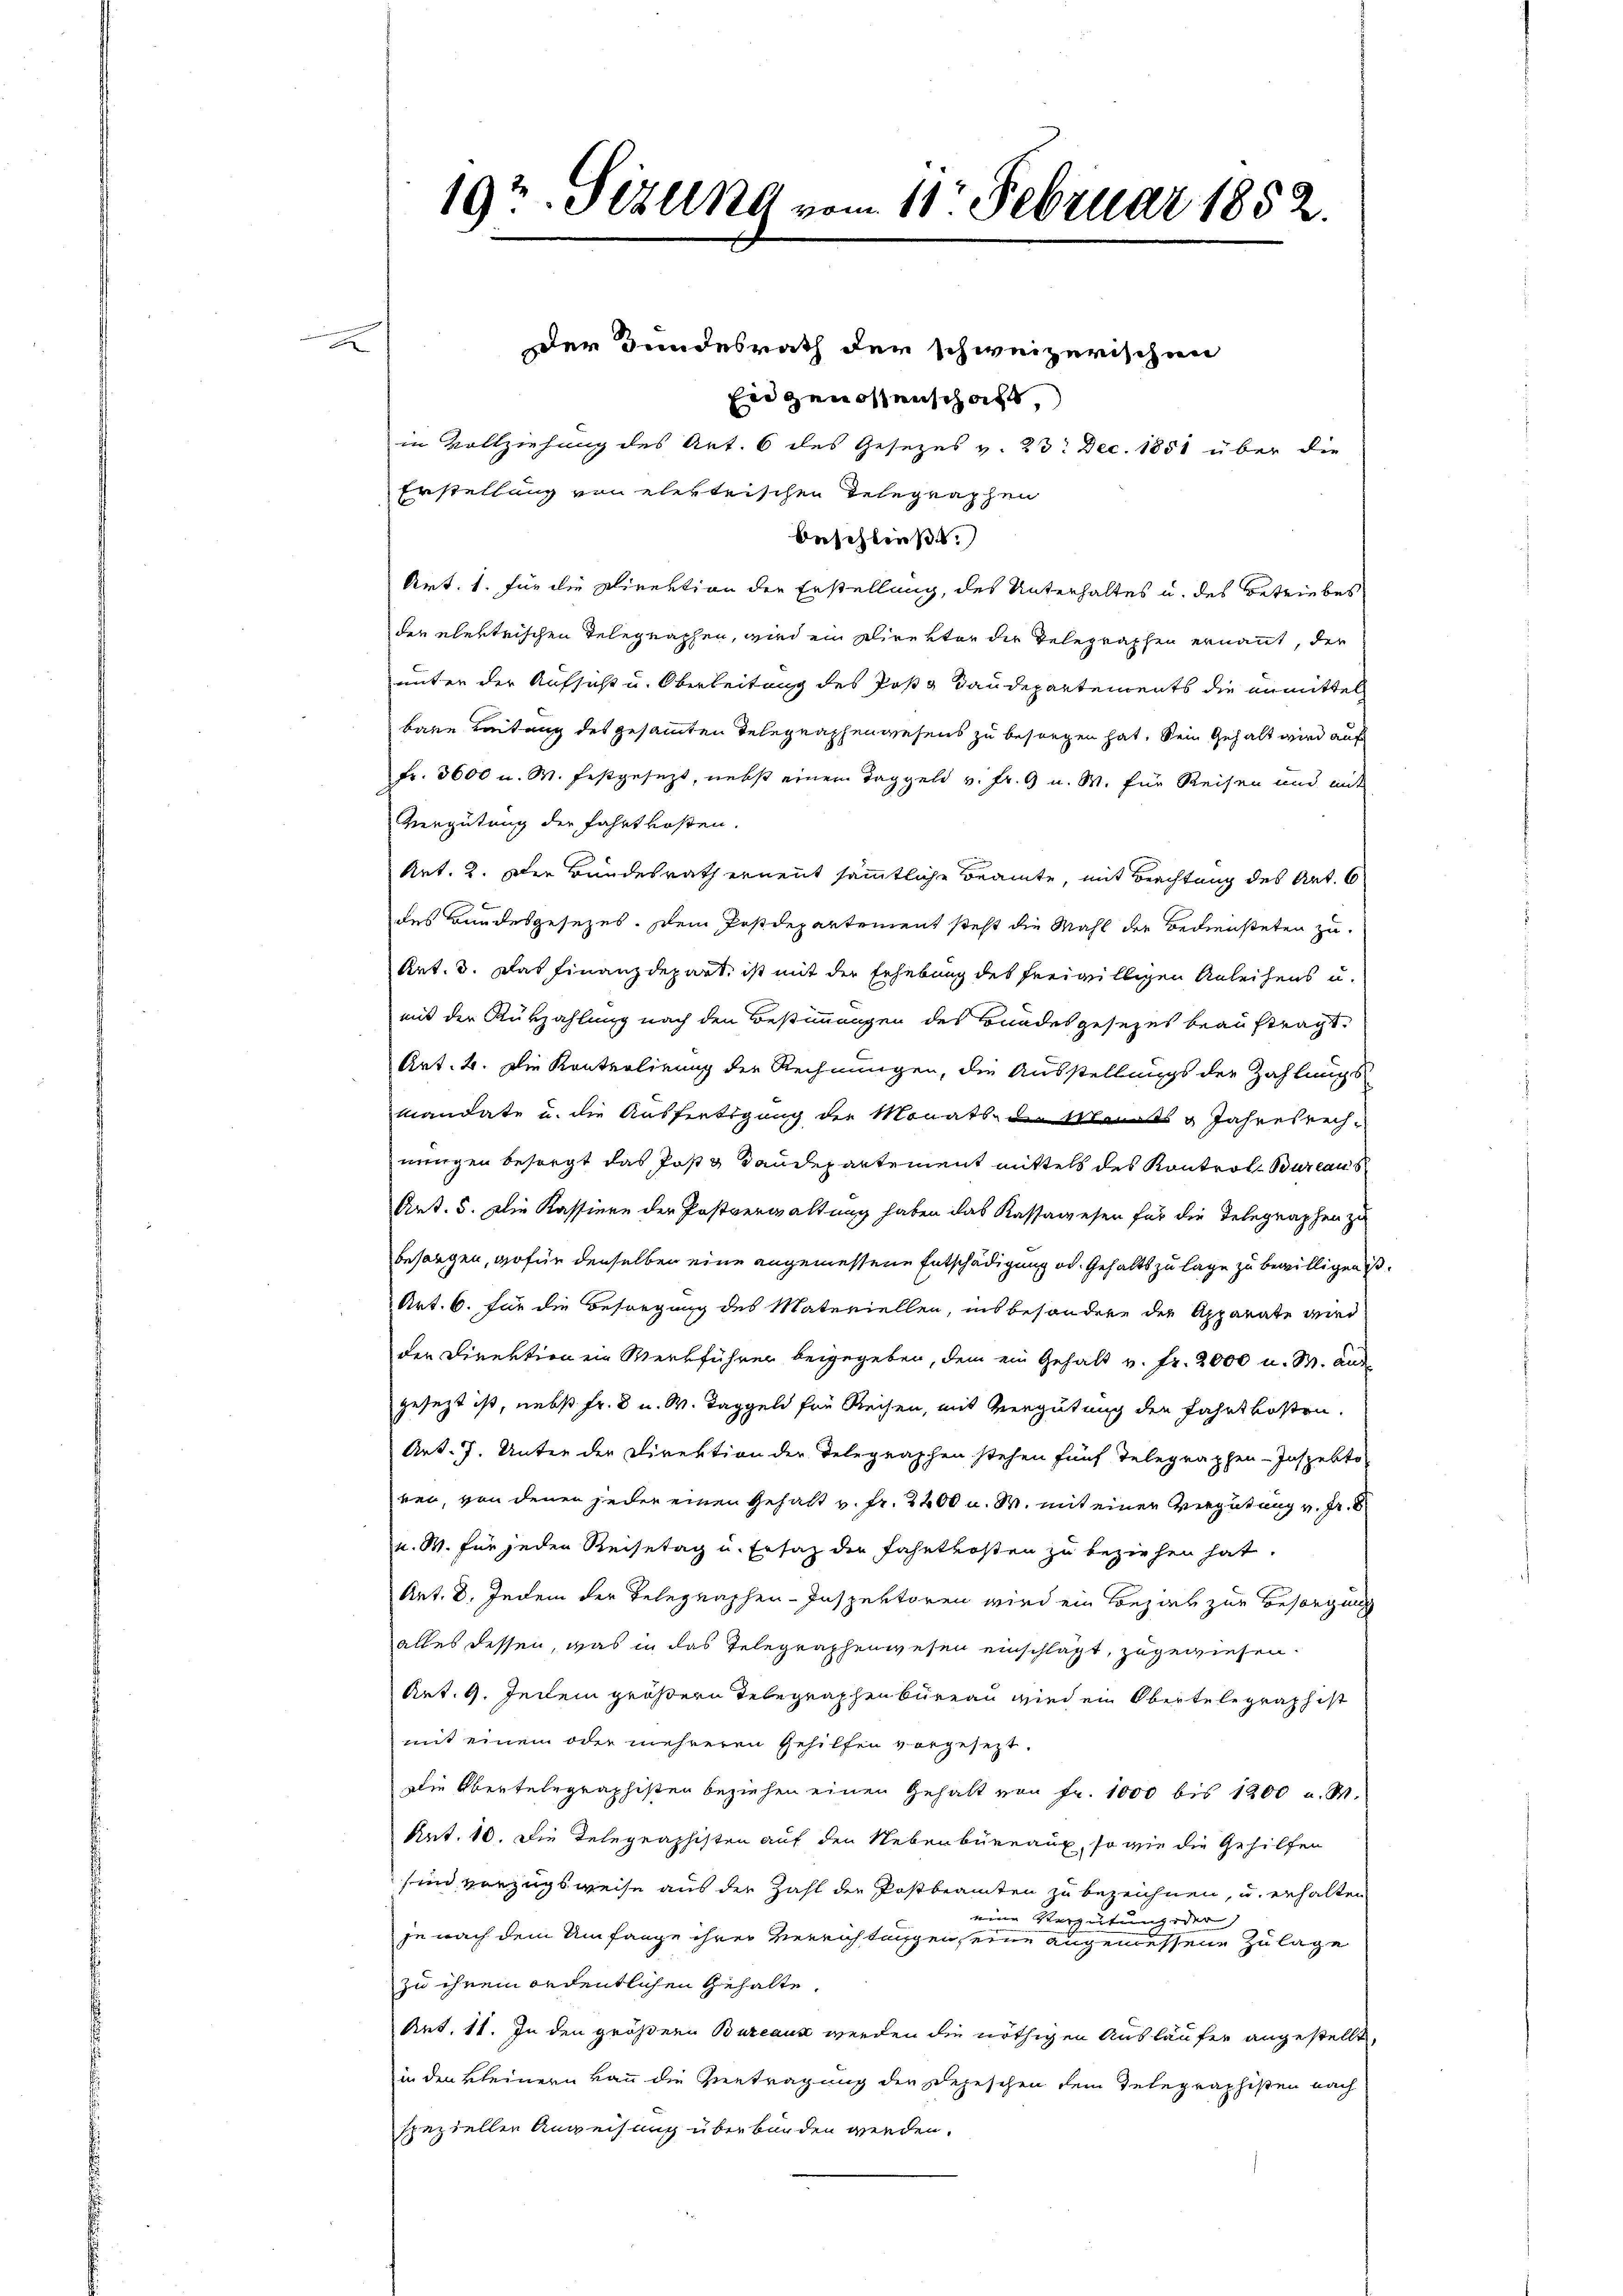
x

192. Tizung vom 11. Februar 1852.

der Bundesrath der schweizerischen
Ein genossenschaft,
in Vollziehung des Art. 6 des Gesezes v. 23. Dec. 1851 über die
Erstellung von ehestrischen Telegraphen
beschließt:
Art. 1. Für die Direktion der Erstellung, des Unterhaltes u. des Betriebes
der elektrischen Telegraphen, wird ein Direktor der Telegraphen ernannt, der
unter der Aufsicht u. Oberbeitung des Posta Daudepartements die anmittel
bare Leitung des gesammten Telegraphenwesens zu besorgen hat. Sein Gehalt wird auf
Fr. 3600 u. M. festgesezt, nebst einem Taggeld v. Fr. 9 u. W. für Reisen und mit
Vergütung der fahrt kosten.
Art. 2. Der Bundesrath ernennt sämmtliche Beamte, mit Beachtung des Art. 6
des Bundesgesezes. Dem Postdepartement steht die Mahl der Bediensteten zu
Art. 3. Das Finanzdepart, ist mit der Erhebung des freiwilligen Anleihens u.
mit der Rükzahlung nach den Bestimmungen des Bundesgesezes beauftragt.
Art. 2. Die Kontrolirung der Rechnungen, die Ausstellungs der Zahlungs-
Mandate u. die Ausfertigung der Monats de Monats 3 Jahresrechnengen besorgt das Post Saudepartement mittels des Kontrol- Bureaus
Art. 5. Die Kassiere der Postverwaltung haben das Kassawesen für die Telegraphen zu
besorgen, wofür denselben eine angemessene Entschädigung od. Gehaltszulage zu bewilligen is
Art. 6. für die Besorgung des Materiellen, insbesondere der Apparate wird
der Direktion ein Werkführer beigegeben, dem ein Gehalt v. fr. 2000 u. W. ande
gesezt ist, nebst Fr. 8 u. W. Taggeld für Reisen, mit Vergütung der Fahrtskosten.
Art. 7. Unter der Direktion der Delegraphen stehen fünf Telegraphen-Inspekto
ren, von denen jeder einen Gehalt v. fr. 2200 u. W. mit einer Vergütung v. fr. 8
u. W. für jeden Reisetag u. Ersatz der Fahrtkosten zu beziehen hat.
Art. 8. Jedem der Telegraphen-Inspektoren wird ein Bezirk zur Besorgung
alles dessen, was in das Telegraphenwesen einschlägt, zugewiesen.
Art. 9. Jeclem größern Telegraphenbureau wird ein Obertelegraph ist
mit einem oder mehreren Gehilfen vorgesezt.
Die Obertelegraphisten beziehen einen Gehalt von Fr. 1000 bis 1200 u. W.
Art. 10. Die Relegraphisten auf den Nebenbüreaux, so wie die Gehilfen
sind vorzugsweise aus der Zahl der Postbeamten zu bezeichnen, u. erhalten
eine Vergütung oder
je nach dem Umfange ihrer Verrichtungen, eine angemessene Zulage
zu ihrem ordentlichen Gehalte,
Art. 11. In den größern Bureaus werden die nöthigen Ausläufer angestellt,
in den kleinern kann die Vertragung der Depeschen dem Telegraphisten nach
speziellen Anweisung überborden werden.